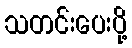
သတင်းပေးပို့